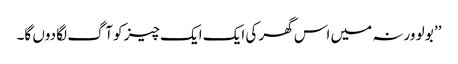
’’ بو لو ورنہ میں اس گھر کی ایک ایک چیز کو آگ لگا دوں گا۔